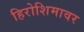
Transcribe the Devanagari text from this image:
हिरोशिमावर